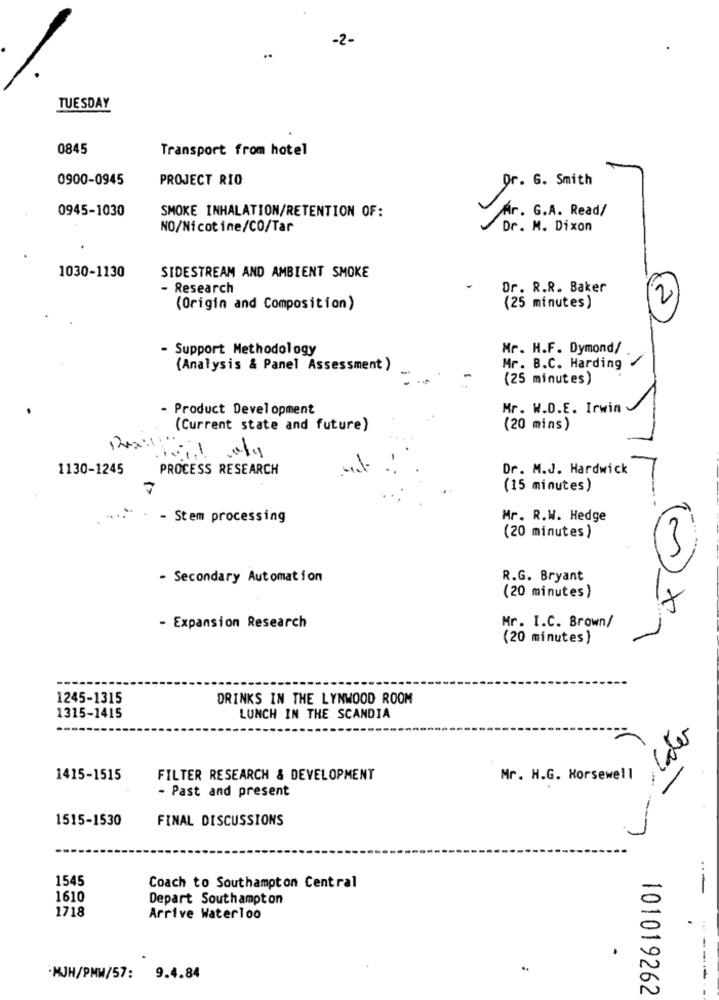
-2-
..
TUESDAY
0845
Transport from hotel
0900-0945
PROJECT RIO
Or. G. Smith
0945-1030
SMOKE INHALATION/RETENTION OF:
Mr. G.A. Read/
NO/Nicotine/CO/Tar
Dr. M. Dixon
1030-1130
SIDESTREAM AND AMBIENT SMOKE
- Research
Dr. R.R. Baker
2
(Origin and Composition)
(25 minutes)
- Support Methodology
Mr. H.F. Dymond/
(Analysis & Panel Assessment )
Mr. B.C. Harding
(25 minutes)
- Product Development
Mr. W.D.E. Irwin
(Current state and future)
(20 mins)
-
1130-1245
PROCESS RESEARCH
Dr. M.J. Hardwick
(15 minutes)
- Stem processing
Mr. R.W. Hedge
(20 minutes)
- Secondary Automation
R.G. Bryant
(20 minutes)
X
- Expansion Research
Mr. I.C. Brown/
(20 minutes)
1245-1315
DRINKS IN THE LYNWOOD ROOM
1315-1415
LUNCH IN THE SCANDIA
1415-1515
FILTER RESEARCH & DEVELOPMENT
Mr. H.G. Horsewell
- Past and present
1515-1530
FINAL DISCUSSIONS
1545
Coach to Southampton Central
1610
Depart Southampton
1718
Arrive Waterloo
..
-MJH/PMW/57: 9.4.84
---
101019262